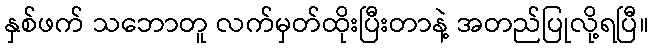
နှစ်ဖက် သဘောတူ လက်မှတ်ထိုးပြီးတာနဲ့ အတည်ပြုလို့ရပြီ။